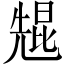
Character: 𫤠